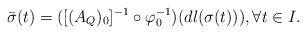
LaTeX: \begin{align*}\bar\sigma(t)= ([(A_Q)_0]^{-1}\circ \varphi_0^{-1})(dl(\sigma(t))), \forall t\in I.\end{align*}